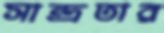
সান্দ্রতার